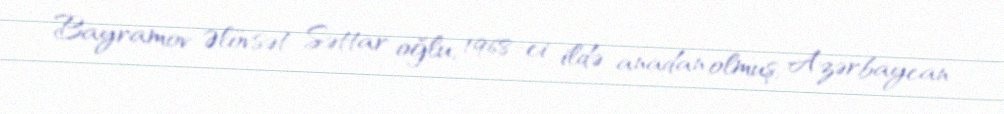
Bayramov Əlövsət Səttar oğlu, 1968-ci ildə anadan olmuş, Azərbaycan